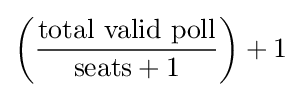
\left({\frac {\text{total valid poll}}{{\text{seats}}+1}}\right)+1